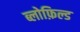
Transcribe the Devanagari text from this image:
ब्लोफ़िल्ड